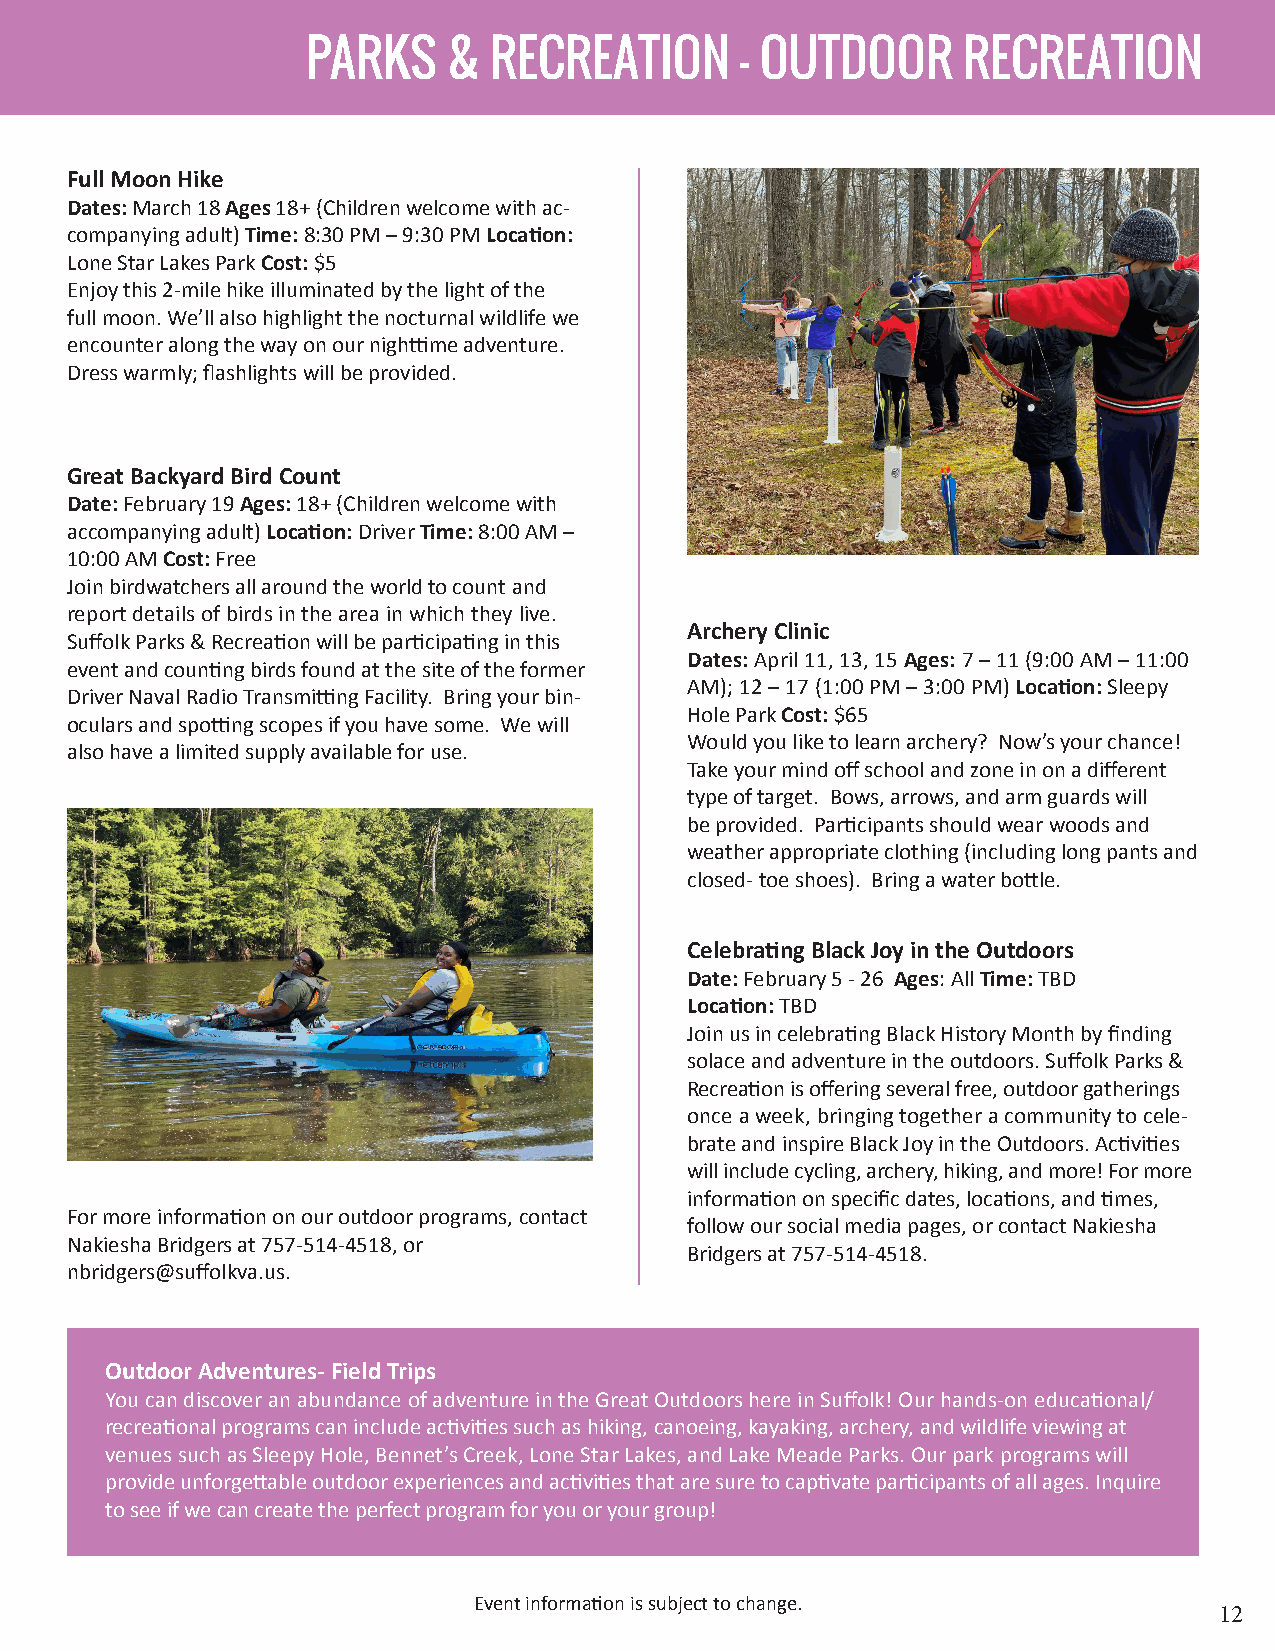
PARKS     & RECREATION       - OUTDOOR      RECREATION
 Full Moon Hike
 Dates: March 18 Ages 18+ (Children welcome with ac-
 companying adult) Time: 8:30 PM – 9:30 PM Location:
 Lone Star Lakes Park Cost: $5
 Enjoy this 2-mile hike illuminated by the light of the
 full moon. We’ll also highlight the nocturnal wildlife we
 encounter along the way on our nighttime adventure.
 Dress warmly; flashlights will be provided.
 Great Backyard Bird Count
 Date: February 19 Ages: 18+ (Children welcome with
 accompanying adult) Location: Driver Time: 8:00 AM –
 10:00 AM Cost: Free
 Join birdwatchers all around the world to count and
 report details of birds in the area in which they live.
 Archery Clinic
 Suffolk Parks & Recreation will be participating in this
 Dates: April 11, 13, 15 Ages: 7 – 11 (9:00 AM – 11:00
 event and counting birds found at the site of the former
 AM); 12 – 17 (1:00 PM – 3:00 PM) Location: Sleepy
 Driver Naval Radio Transmitting Facility. Bring your bin-
 Hole Park Cost: $65
 oculars and spotting scopes if you have some. We will
 Would you like to learn archery? Now’s your chance!
 also have a limited supply available for use.
 Take your mind off school and zone in on a different
 type of target. Bows, arrows, and arm guards will
 be provided. Participants should wear woods and
 weather appropriate clothing (including long pants and
 closed- toe shoes). Bring a water bottle.
 Celebrating Black Joy in the Outdoors
 Date: February 5 - 26 Ages: All Time: TBD
 Location: TBD
 Join us in celebrating Black History Month by finding
 solace and adventure in the outdoors. Suffolk Parks &
 Recreation is offering several free, outdoor gatherings
 once a week, bringing together a community to cele-
 brate and inspire Black Joy in the Outdoors. Activities
 will include cycling, archery, hiking, and more! For more
 information on specific dates, locations, and times,
 For more information on our outdoor programs, contact
 follow our social media pages, or contact Nakiesha
 Nakiesha Bridgers at 757-514-4518, or
 Bridgers at 757-514-4518.
 nbridgers@suffolkva.us.
 Outdoor Adventures- Field Trips
 You can discover an abundance of adventure in the Great Outdoors here in Suffolk! Our hands-on educational/
 recreational programs can include activities such as hiking, canoeing, kayaking, archery, and wildlife viewing at
 venues such as Sleepy Hole, Bennet’s Creek, Lone Star Lakes, and Lake Meade Parks. Our park programs will
 provide unforgettable outdoor experiences and activities that are sure to captivate participants of all ages. Inquire
 to see if we can create the perfect program for you or your group!
 Event information is subject to change.
 12